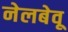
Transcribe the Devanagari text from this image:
नेलबेवू